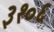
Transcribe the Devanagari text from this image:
३१०६